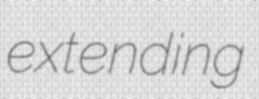
extending